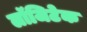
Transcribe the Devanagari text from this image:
लॉजिटेक